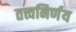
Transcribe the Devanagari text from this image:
तत्त्वनिर्णय